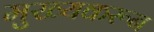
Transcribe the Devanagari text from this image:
मुख्यकरून